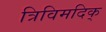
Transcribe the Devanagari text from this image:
त्रिविमदिक्